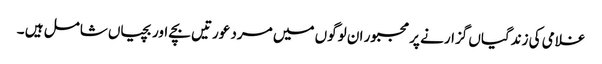
غلامی کی زندگیاں گزارنے پر مجبور ان لوگوں میں مرد عورتیں بچے اور بچیاں شامل ہیں ۔